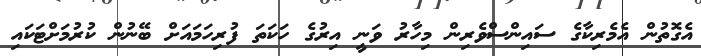
އެގޮތުން އެމެރިކާގެ ސައިންސްވެރިން މިހާރު ވަނީ އިރުގެ ހަކަތަ ފުރިހަމައަށް ބޭނުން ކުރުމަށްޓަކައި